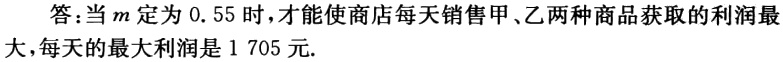
答：当\(m\)定为\(0.55\)时，才能使商店每天销售甲、乙两种商品获取的利润最大，每天的最大利润是\(1705\)元.